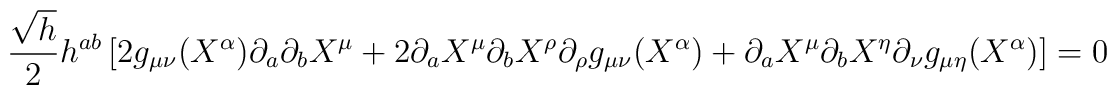
\frac{\sqrt{h}}{2}h^{ab}\left[ 2g_{\mu\nu}(X^\alpha)\partial_a\partial_bX^\mu+2\partial_aX^\mu\partial_bX^\rho\partial_\rho g_{\mu\nu}(X^\alpha)+\partial_aX^\mu\partial_bX^\eta\partial_\nu g_{\mu\eta}(X^\alpha)\right]=0